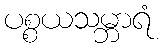
ပစ္စယသမ္ဘာရံ